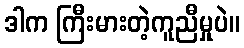
ဒါက ကြီးမားတဲ့ကူညီမှုပဲ။